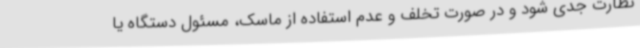
نظارت جدی شود و در صورت تخلف و عدم استفاده از ماسک، مسئول دستگاه یا